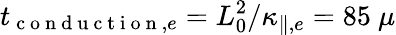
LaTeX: t_{\mathrm{~c~o~n~d~u~c~t~i~o~n~},e}=L_{0}^{2}/\kappa_{\parallel,e}=85~\mu